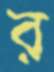
র